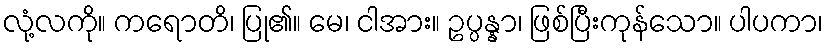
လုံ့လကို။ ကရောတိ၊ ပြု၏။ မေ၊ ငါအား။ ဥပ္ပန္နာ၊ ဖြစ်ပြီးကုန်သော။ ပါပကာ၊